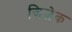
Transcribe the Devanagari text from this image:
जिज़ेक